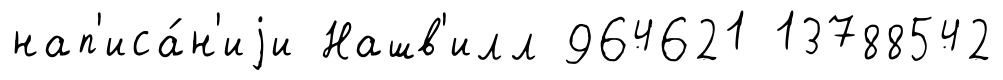
нап'иса́н'иjи Нашв'илл 964621 13788542